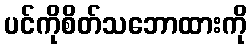
ပင်ကိုစိတ်သဘောထားကို